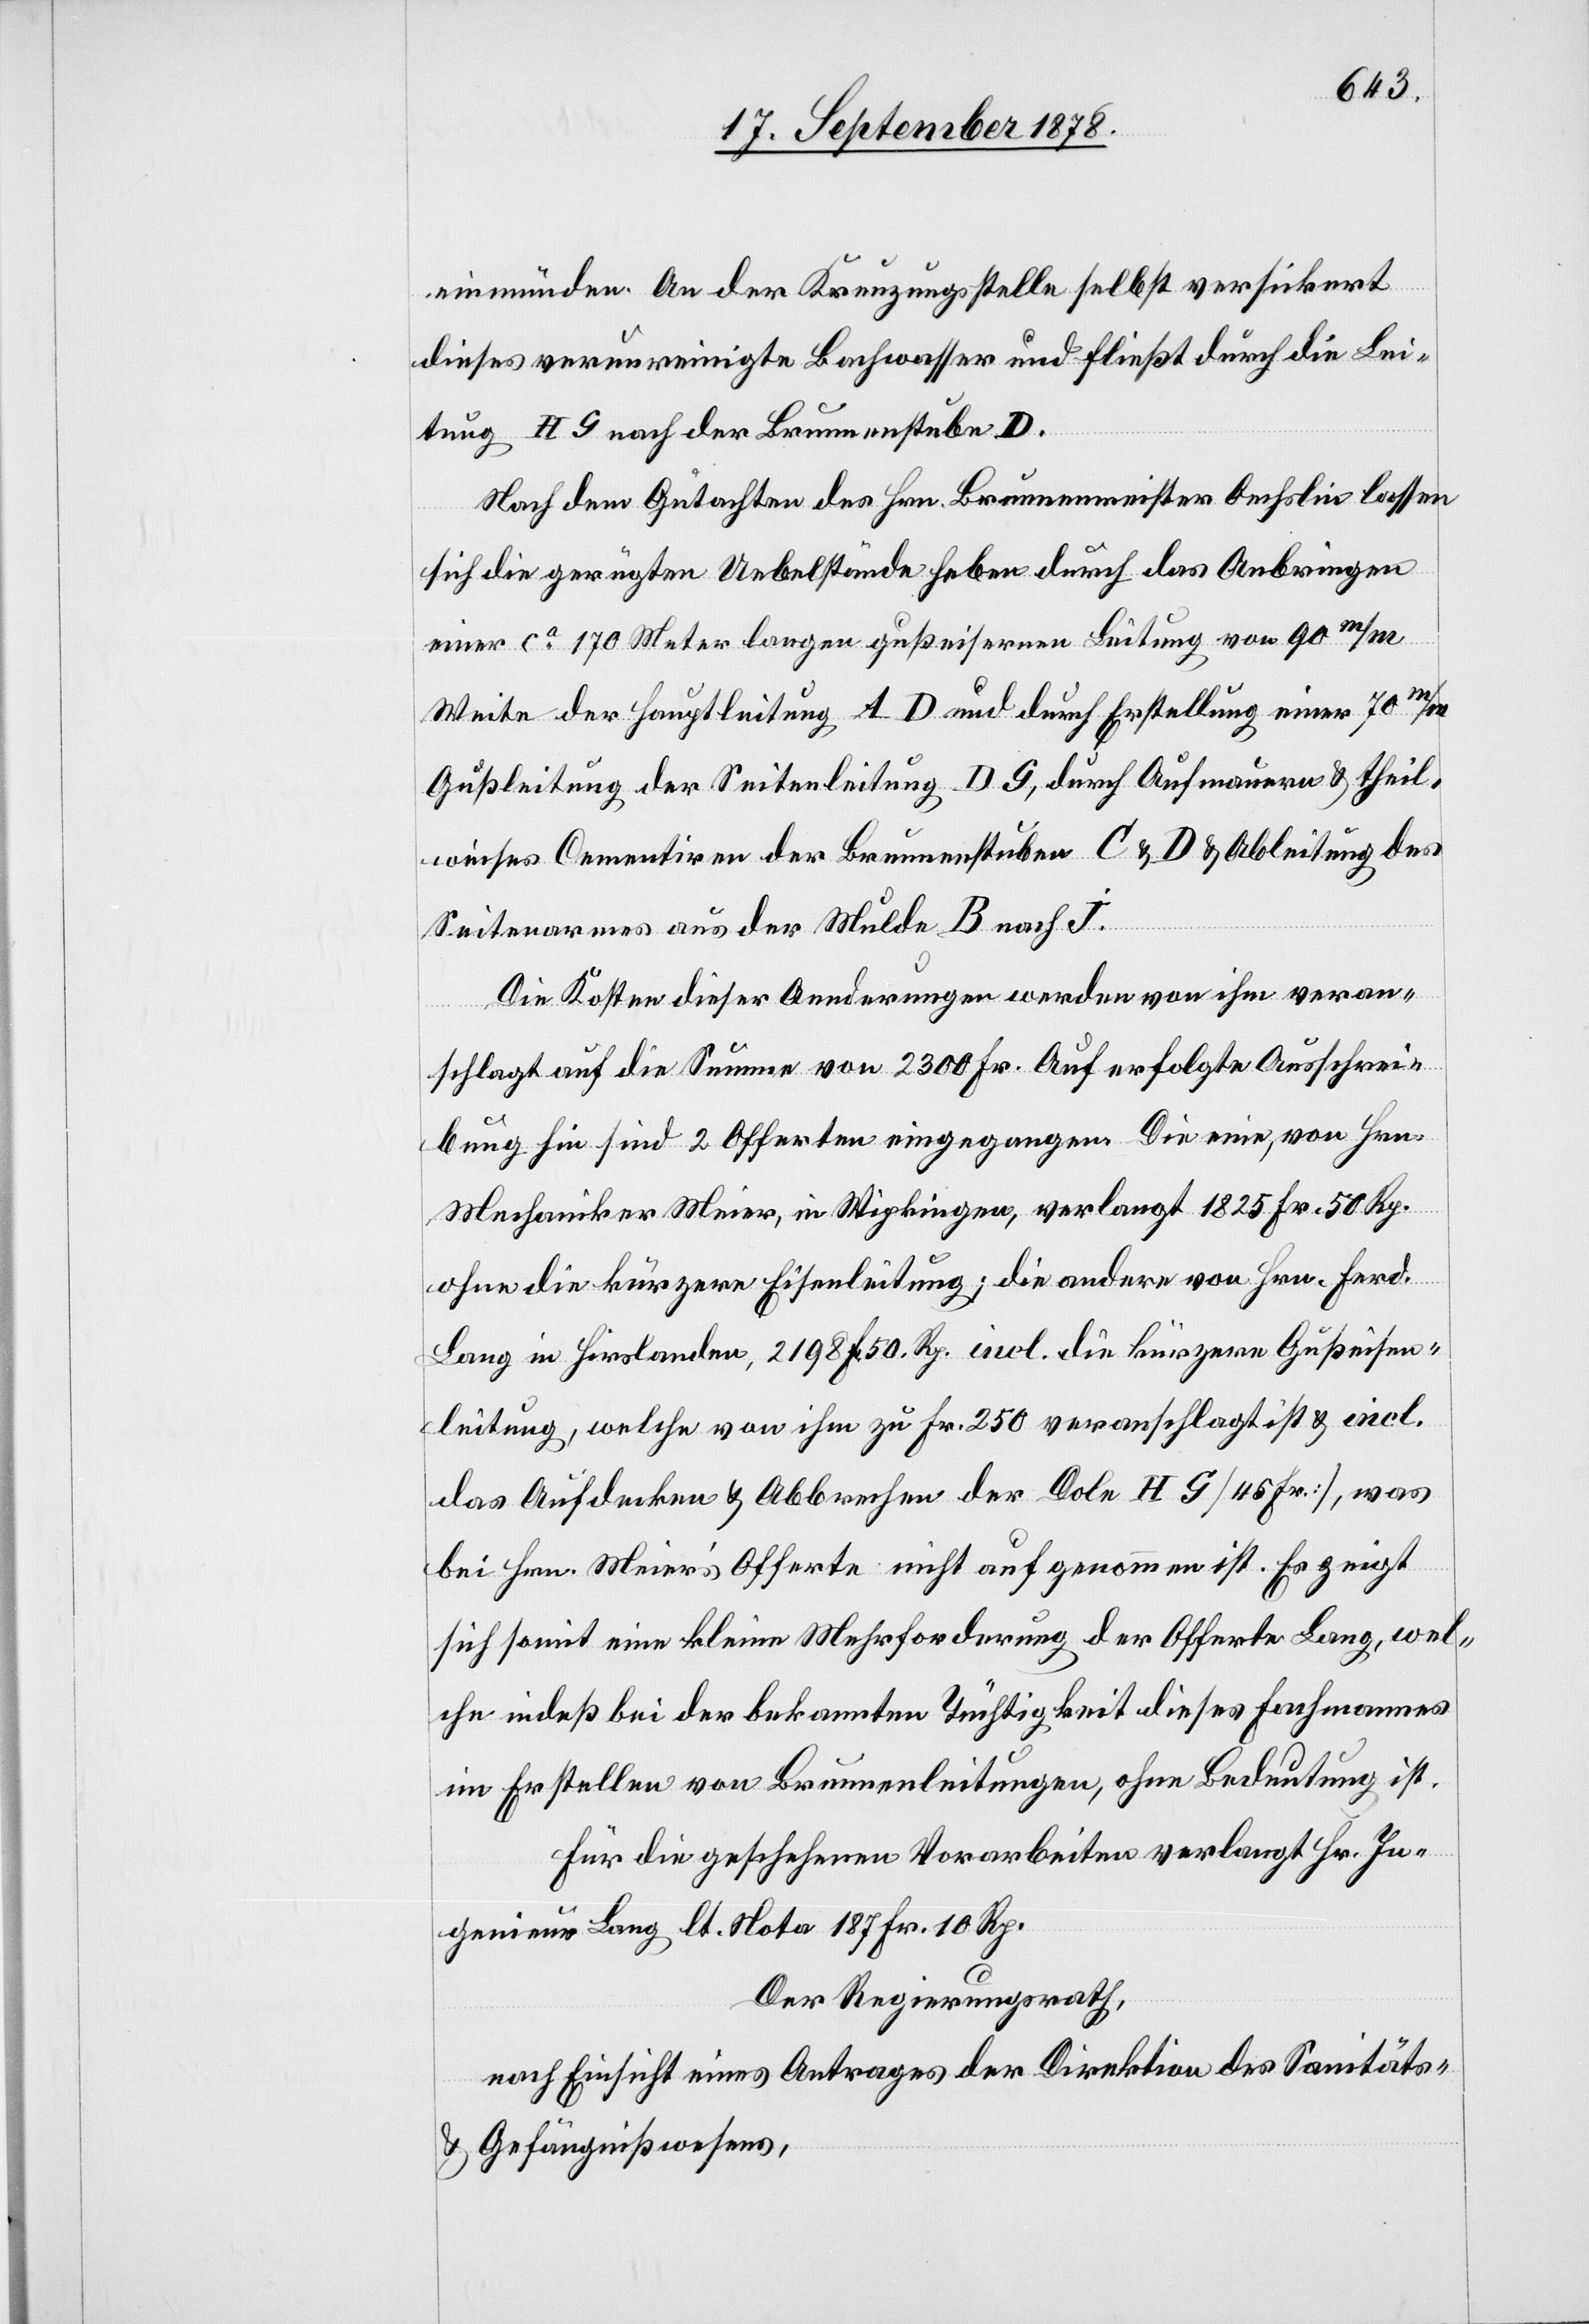
einmünden. An der Kreuzungsstelle selbst versickert
dieses verunreinigte Bachwasser und fließt durch die Lei¬
tung HG nach der Brunnenstube D.
Nach dem Gutachten des Hrn. Brunnenmeister Oechslin lassen
sich die gerügten Uebelstände heben durch das Anbringen
einer ca 170 Meter langen gußeisernen Leitung von 90 m/m
Weite der Hauptleitung AD und durch Erstellung einer 70 m/m
Gußleitung der Seitenleitung DG, durch Aufmauern & theil¬
weises Cementiren der Brunnenstuben C & D & Ableitung des
Seitenarmes aus der Mulde B nach I.
Die Kosten dieser Aenderungen werden von ihm veran¬
schlagt auf die Summe von 2300 Fr. Auf erfolgte Ausschrei¬
bung hin sind 2 Offerten eingegangen. Die eine, von Hrn.
Mechaniker Meier, in Wipkingen, verlangt 1825 Fr. 50 rp.
ohne die kürzere Eisenleitung; die andere von Hrn. Ferd.
Lang in Hirslanden, 2198 F. 50 Rp. incl. die kürzere Gußeisen¬
leitung, welche von ihm zu Fr. 250 veranschlagt ist & incl.
das Aufdecken & Abbrechen der Dole HG [45 Fr.], was
bei Hrn. Meier’s Offerte nicht aufgenommen ist. Es zeigt
sich somit eine kleine Mehrforderung der Offerte Lang, wel¬
che indeß bei der bekannten Tüchtigkeit dieses Fachmannes
im Erstellen von Brunnenleitungen, ohne Bedeutung ist.
Für die geschehenen Vorarbeiten verlangt Hr. In¬
genieur Lang lt. Note 187 Fr. 10 Rp.
Der Regierungsrath,
nach Einsicht eines Antrages der Direktion des Sanitäts-
& Gefängnißwesens,